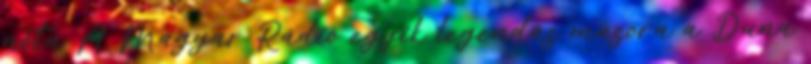
nóta A Magyar Rádió egyik legendás műsora a Duna